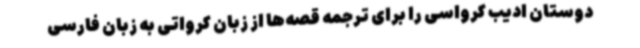
دوستان ادیب کرواسی را برای ترجمه قصه‌ها از زبان کرواتی به زبان فارسی